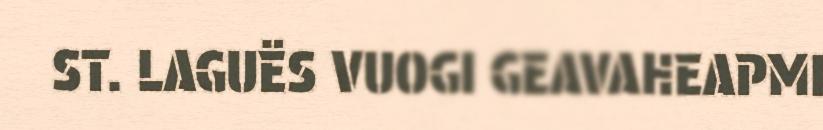
ST. LAGUËS VUOGI GEAVAHEAPMI